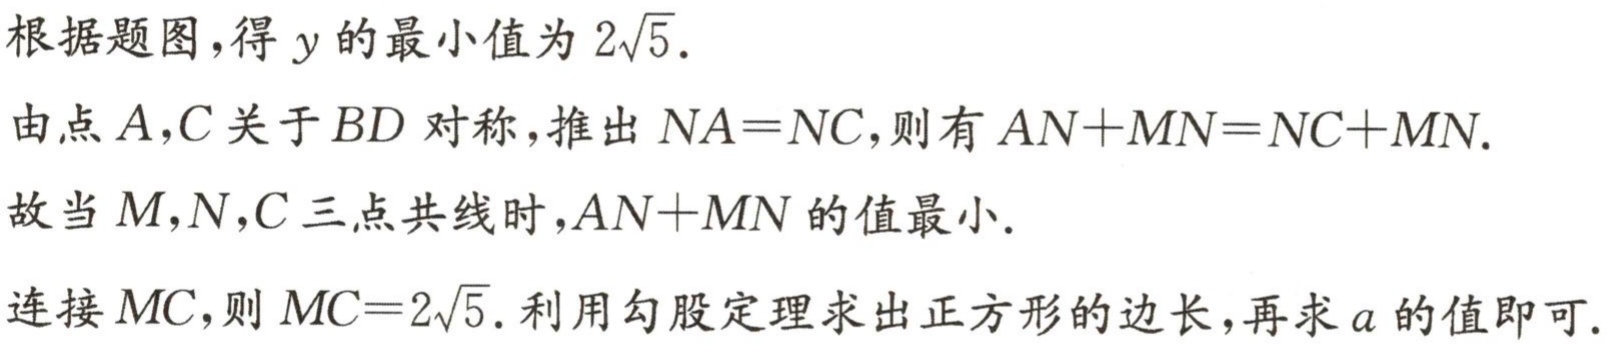
根据题图，得 \(y\) 的最小值为 \(2\sqrt{5}\).

由点 \(A,C\) 关于 \(BD\) 对称，推出 \(NA = NC\)，则有 \(AN + MN=NC + MN\).

故当 \(M,N,C\) 三点共线时，\(AN + MN\) 的值最小.

连接 \(MC\)，则 \(MC = 2\sqrt{5}\). 利用勾股定理求出正方形的边长，再求 \(a\) 的值即可.